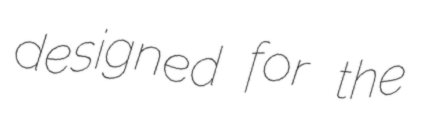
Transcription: designed for the